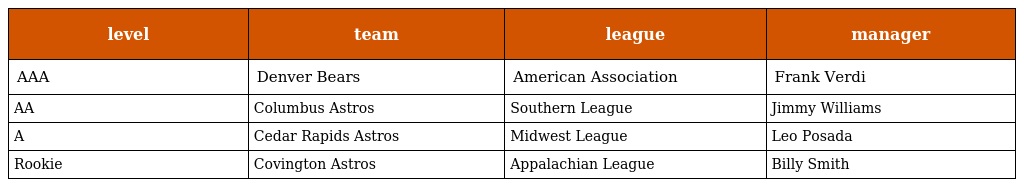
| level | team | league | manager |
 | --- | --- | --- | --- |
 | AAA | Denver Bears | American Association | Frank Verdi |
 | AA | Columbus Astros | Southern League | Jimmy Williams |
 | A | Cedar Rapids Astros | Midwest League | Leo Posada |
 | Rookie | Covington Astros | Appalachian League | Billy Smith |